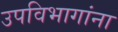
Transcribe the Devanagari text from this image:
उपविभागांना